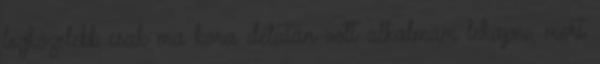
legközelebb csak ma kora délután volt alkalmam lekapni, mert